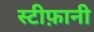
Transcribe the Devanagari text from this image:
स्टीफ़ानी